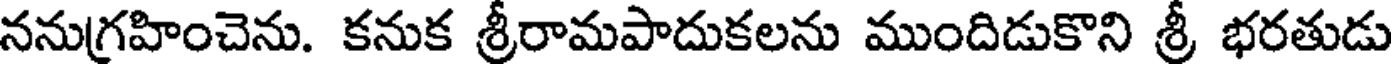
ననుగ్రహించెను. కనుక శ్రీరామపాదుకలను ముందిడుకొని శ్రీ భరతుడు